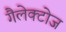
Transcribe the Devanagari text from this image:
गैलेक्टोज